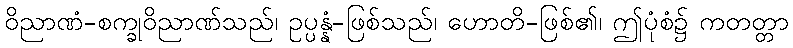
ဝိညာဏံ-စက္ခုဝိညာဏ်သည်၊ ဥပ္ပန္နံ-ဖြစ်သည်၊ ဟောတိ-ဖြစ်၏၊ ဤပုံစံ၌ ကတတ္တာ